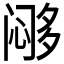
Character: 𱞹